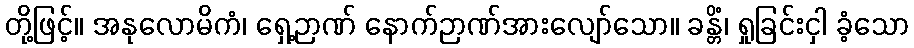
တို့ဖြင့်။ အနုလောမိကံ၊ ရှေ့ဉာဏ် နောက်ဉာဏ်အားလျော်သော။ ခန္တိံ၊ ရှုခြင်းငှါ ခံ့သော